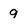
Character: 9